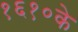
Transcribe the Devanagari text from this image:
१६१०के